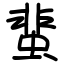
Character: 蜚